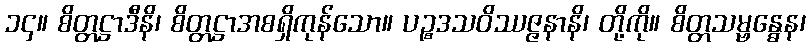
၁၄။ စိတ္တဋ္ဌာဒီနိ၊ စိတ္တဋ္ဌာအစရှိကုန်သော။ ပဉ္စဒသဝိဿဇ္ဇနာနိ၊ တို့ကို။ စိတ္တသမ္ဗန္ဓေန၊